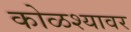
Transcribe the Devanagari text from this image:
कोळश्यावर